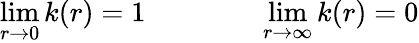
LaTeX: \operatorname*{lim}_{r\rightarrow 0}k(r)=1\qquad\qquad\operatorname*{lim}_{r\rightarrow\infty}k(r)=0